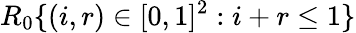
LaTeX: R_{0}\{ (i,r)\in[0,1]^{2}:i+r\le 1\}